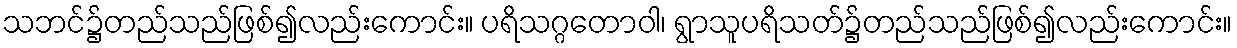
သဘင်၌တည်သည်ဖြစ်၍လည်းကောင်း။ ပရိသဂ္ဂတောဝါ၊ ရွာသူပရိသတ်၌တည်သည်ဖြစ်၍လည်းကောင်း။